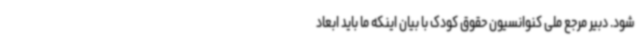
شود. دبیر مرجع ملی کنوانسیون حقوق کودک با بیان اینکه ما باید ابعاد